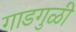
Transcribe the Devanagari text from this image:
गाडगुळी